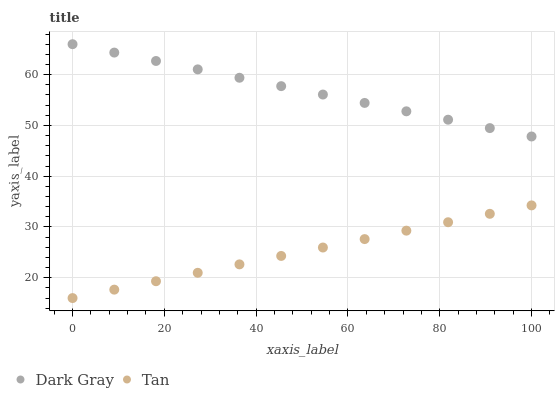
| xaxis_label | Dark Gray | Tan |
 | --- | --- | --- |
 | 0 | 66 | 16 |
 | 9.09 | 64.3 | 17.7 |
 | 18.2 | 62.7 | 19.3 |
 | 27.3 | 61 | 21 |
 | 36.4 | 59.4 | 22.6 |
 | 45.5 | 57.7 | 24.3 |
 | 54.5 | 56.1 | 26 |
 | 63.6 | 54.4 | 27.6 |
 | 72.7 | 52.8 | 29.3 |
 | 81.8 | 51.1 | 30.9 |
 | 90.9 | 49.5 | 32.6 |
 | 100 | 47.8 | 34.3 |